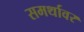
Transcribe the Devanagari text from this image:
समर्थावर